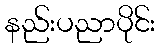
နည်းပညာပိုင်း